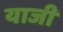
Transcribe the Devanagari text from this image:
याजी